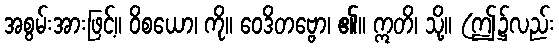
အစွမ်းအားဖြင့်။ ဝိစယော၊ ကို။ ဝေဒိတဗ္ဗော၊ ၏။ ဣတိ၊ သို့။ (ဤ၌လည်း